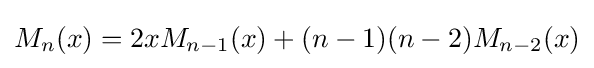
M_{n}(x)=2xM_{n-1}(x)+(n-1)(n-2)M_{n-2}(x)